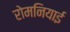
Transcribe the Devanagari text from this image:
रोमनियाई